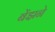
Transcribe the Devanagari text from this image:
बेंझने